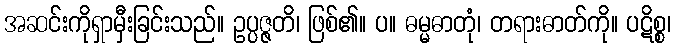
အဆင်းကိုရှာမှီးခြင်းသည်။ ဥပ္ပဇ္ဇတိ၊ ဖြစ်၏။ ပ။ ဓမ္မဓာတုံ၊ တရားဓာတ်ကို။ ပဋိစ္စ၊